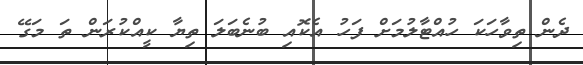
ދެން ތިވާހަކަ ހުއްޓާލުމަށް ފަހު އެކޮއި ބުނެބަލަ ތިޔާ ކީއްކުރަން ތަ މަގޭ